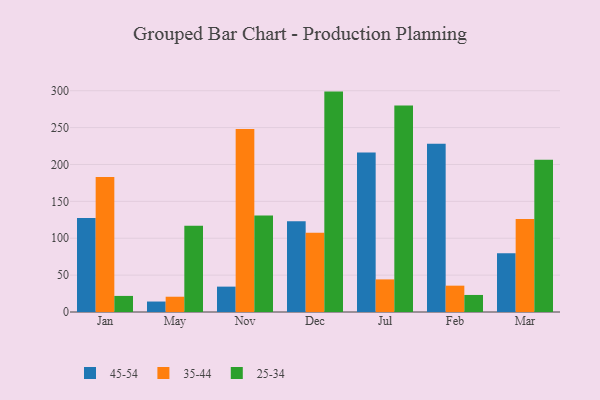
{"axis": {"x": "Month", "y": "Bounce Rate (%)"}, "legend": ["25-34", "35-44", "45-54"], "data": [{"x": "Jan", "y": 127.4, "type": "45-54"}, {"x": "Jan", "y": 182.9, "type": "35-44"}, {"x": "Jan", "y": 21.8, "type": "25-34"}, {"x": "May", "y": 14.2, "type": "45-54"}, {"x": "May", "y": 20.7, "type": "35-44"}, {"x": "May", "y": 116.9, "type": "25-34"}, {"x": "Nov", "y": 34.4, "type": "45-54"}, {"x": "Nov", "y": 248.0, "type": "35-44"}, {"x": "Nov", "y": 130.8, "type": "25-34"}, {"x": "Dec", "y": 123.1, "type": "45-54"}, {"x": "Dec", "y": 107.3, "type": "35-44"}, {"x": "Dec", "y": 298.8, "type": "25-34"}, {"x": "Jul", "y": 216.3, "type": "45-54"}, {"x": "Jul", "y": 44.2, "type": "35-44"}, {"x": "Jul", "y": 279.9, "type": "25-34"}, {"x": "Feb", "y": 228.0, "type": "45-54"}, {"x": "Feb", "y": 35.7, "type": "35-44"}, {"x": "Feb", "y": 23.1, "type": "25-34"}, {"x": "Mar", "y": 79.5, "type": "45-54"}, {"x": "Mar", "y": 126.2, "type": "35-44"}, {"x": "Mar", "y": 206.5, "type": "25-34"}]}